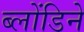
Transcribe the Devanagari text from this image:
ब्लोंडिने